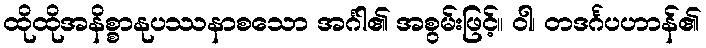
ထိုထိုအနိစ္စာနုပဿနာစသော အင်္ဂါ၏ အစွမ်းဖြင့်။ ဝါ၊ တဒင်္ဂပဟာန်၏